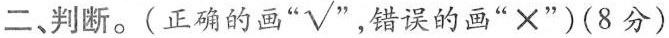
二、判断。(正确的画“√”，错误的画“×”)(8分)